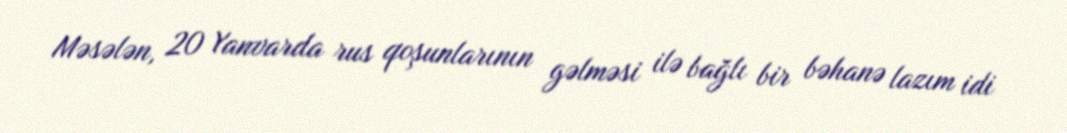
Məsələn, 20 Yanvarda rus qoşunlarının gəlməsi ilə bağlı bir bəhanə lazım idi